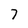
Character: 7